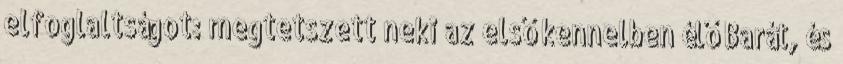
elfoglaltságot: megtetszett neki az első kennelben élő Barát, és